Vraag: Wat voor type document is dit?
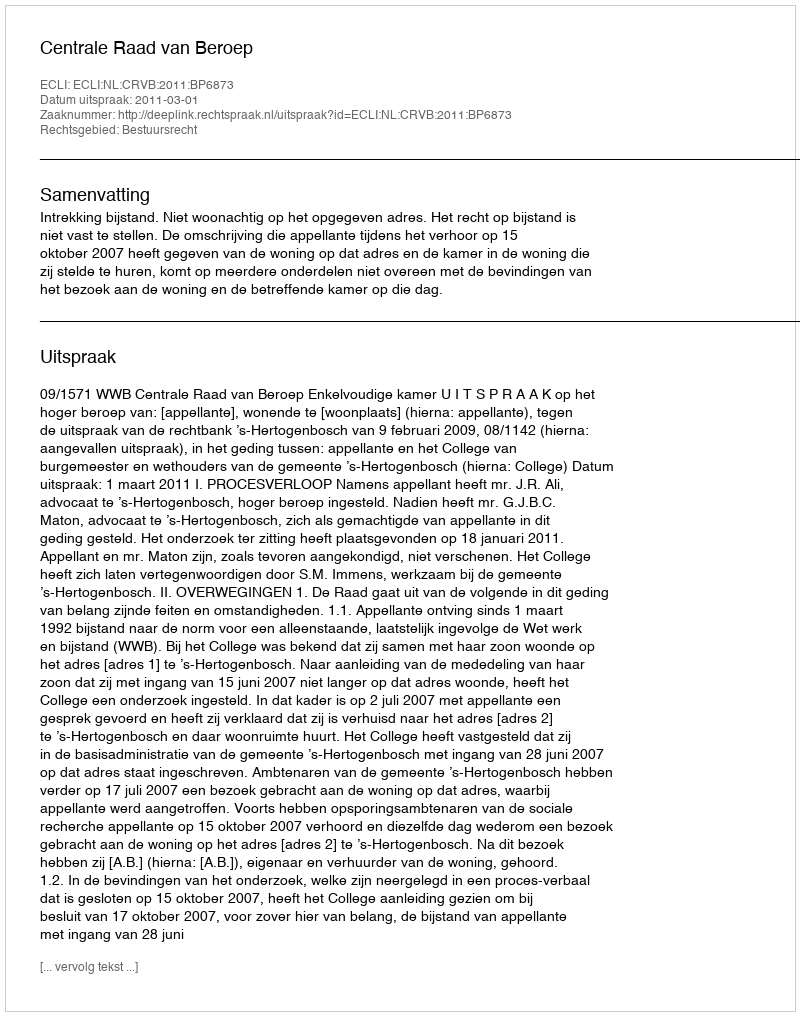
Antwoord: Uitspraak